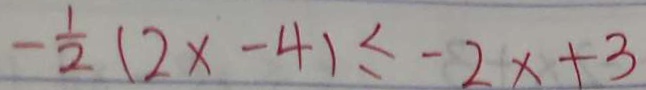
- \frac { 1 } { 2 } ( 2 x - 4 ) \leq - 2 x + 3